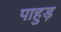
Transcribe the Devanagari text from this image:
पाहुड़